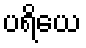
ပရိယေ